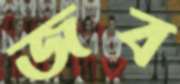
জব